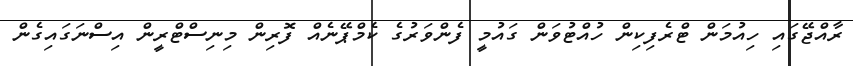
ރާއްޖޭގައި ހިއުމަން ޓްރެފިކިން ހުއްޓުވަން ގައުމީ ފެންވަރުގެ ކެމްޕޭނެއް ފޮރިިން މިނިސްޓްރީން އިސްނަގައިގެން